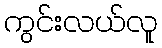
ကွင်းလယ်လူ